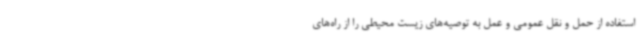
استفاده از حمل و نقل عمومی و عمل به توصیه‌های زیست محیطی را از راه‌های